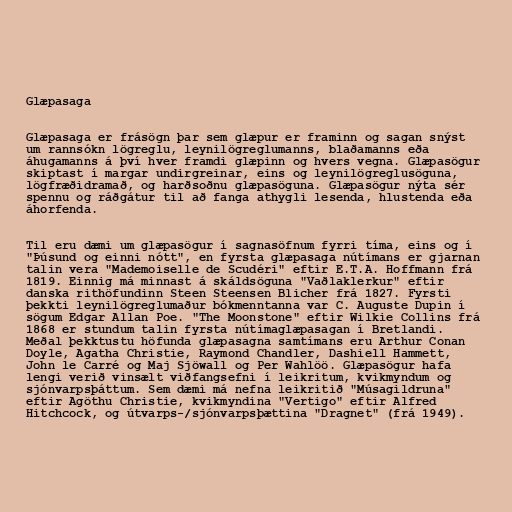
Glæpasaga

Glæpasaga er frásögn þar sem glæpur er framinn og sagan snýst
um rannsókn lögreglu, leynilögreglumanns, blaðamanns eða
áhugamanns á því hver framdi glæpinn og hvers vegna. Glæpasögur
skiptast í margar undirgreinar, eins og leynilögreglusöguna,
lögfræðidramað, og harðsoðnu glæpasöguna. Glæpasögur nýta sér
spennu og ráðgátur til að fanga athygli lesenda, hlustenda eða
áhorfenda.

Til eru dæmi um glæpasögur í sagnasöfnum fyrri tíma, eins og í
"Þúsund og einni nótt", en fyrsta glæpasaga nútímans er gjarnan
talin vera "Mademoiselle de Scudéri" eftir E.T.A. Hoffmann frá
1819. Einnig má minnast á skáldsöguna "Vaðlaklerkur" eftir
danska rithöfundinn Steen Steensen Blicher frá 1827. Fyrsti
þekkti leynilögreglumaður bókmenntanna var C. Auguste Dupin í
sögum Edgar Allan Poe. "The Moonstone" eftir Wilkie Collins frá
1868 er stundum talin fyrsta nútímaglæpasagan í Bretlandi.
Meðal þekktustu höfunda glæpasagna samtímans eru Arthur Conan
Doyle, Agatha Christie, Raymond Chandler, Dashiell Hammett,
John le Carré og Maj Sjöwall og Per Wahlöö. Glæpasögur hafa
lengi verið vinsælt viðfangsefni í leikritum, kvikmyndum og
sjónvarpsþáttum. Sem dæmi má nefna leikritið "Músagildruna"
eftir Agöthu Christie, kvikmyndina "Vertigo" eftir Alfred
Hitchcock, og útvarps-/sjónvarpsþættina "Dragnet" (frá 1949).